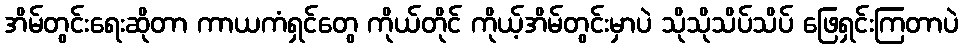
အိမ်တွင်းရေးဆိုတာ ကာယကံရှင်တွေ ကိုယ်တိုင် ကိုယ့်အိမ်တွင်းမှာပဲ သိုသိုသိပ်သိပ် ဖြေရှင်းကြတာပဲ